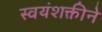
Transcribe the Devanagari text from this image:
स्वयंशक्तीने